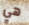
هي